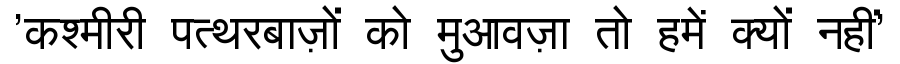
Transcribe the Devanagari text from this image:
'कश्मीरी पत्थरबाज़ों को मुआवज़ा तो हमें क्यों नहीं'